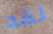
لقد